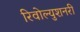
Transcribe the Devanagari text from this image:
रिवोल्युशनरी